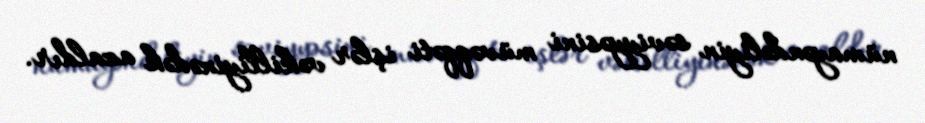
nümayəndəliyin səviyyəsini müvəqqəti işlər vəkilliyinədək azaldır.